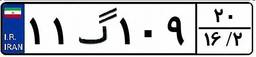
۱۱گ۱۰۹۲۰